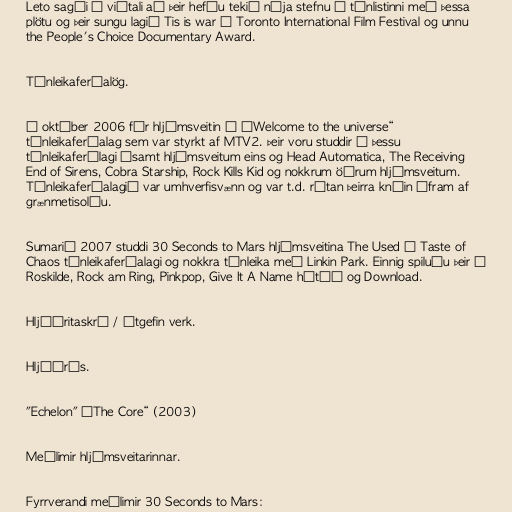
Leto sagði í viðtali að þeir hefðu tekið nýja stefnu í tónlistinni með þessa
plötu og þeir sungu lagið Tis is war á Toronto International Film Festival og unnu
the People's Choice Documentary Award.

Tónleikaferðalög.

Í október 2006 fór hljómsveitin í „Welcome to the universe“
tónleikaferðalag sem var styrkt af MTV2. Þeir voru studdir í þessu
tónleikaferðlagi ásamt hljómsveitum eins og Head Automatica, The Receiving
End of Sirens, Cobra Starship, Rock Kills Kid og nokkrum öðrum hljómsveitum.
Tónleikaferðalagið var umhverfisvænn og var t.d. rútan þeirra knúin áfram af
grænmetisolíu.

Sumarið 2007 studdi 30 Seconds to Mars hljómsveitina The Used í Taste of
Chaos tónleikaferðalagi og nokkra tónleika með Linkin Park. Einnig spiluðu þeir á
Roskilde, Rock am Ring, Pinkpop, Give It A Name hátíð og Download.

Hljóðritaskrá / Útgefin verk.

Hljóðrás.

"Echelon" „The Core“ (2003)

Meðlimir hljómsveitarinnar.

Fyrrverandi meðlimir 30 Seconds to Mars: